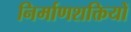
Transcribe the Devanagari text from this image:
निर्माणशक्तियों